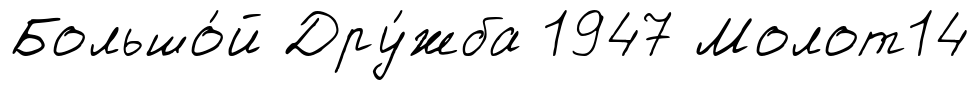
Большо́й Дру́жба 1947 Молот14